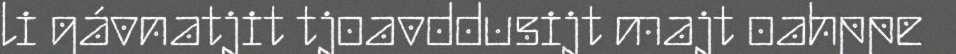
li gávnatjit tjoavddusijt majt oahppe